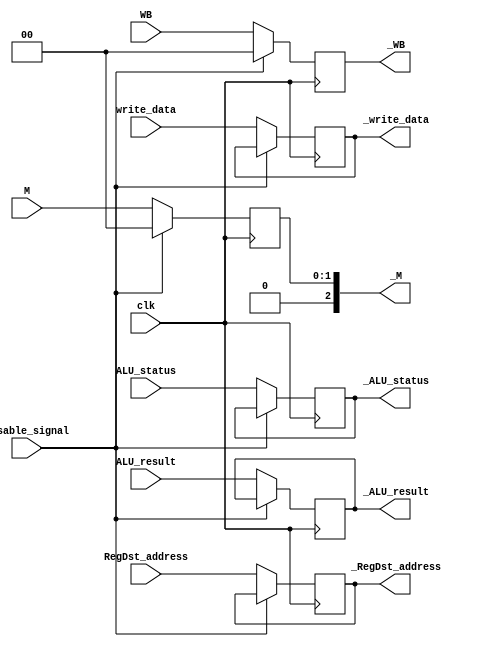
module Reg_EX_MEM(
		input 		clk,
		input		[1:0] WB,
		input		[1:0] M,		
		input		[7:0] ALU_status,
		input		[31:0] ALU_result,
		input		[31:0] write_data,
		input		[4:0] RegDst_address,
		input		disable_signal,
		output reg	[1:0] _WB,
		output reg	[2:0] _M,
		output reg	[7:0] _ALU_status,
		output reg	[31:0] _ALU_result,
		output reg	[31:0] _write_data,
		output reg	[4:0] _RegDst_address
);

	initial begin
		_WB = 2'b0;
		_M = 2'b0;
		_ALU_status = 8'b0;
		_ALU_result = 32'b0;
		_write_data = 32'b0;
		_RegDst_address = 5'b0;
	end

	always@(posedge clk)
	begin
		if(disable_signal) begin
			_WB <= 2'b0;
			_M <= 2'b0;
//			_ALU_status <= 8'b0;
//			_write_data <= 32'b0;
//			_RegDst_address <= 5'b0;
		end
		else begin
			_WB <= WB;
			_M <= M;
			_ALU_status <= ALU_status;
			_ALU_result <= ALU_result;
			_write_data <= write_data;
			_RegDst_address <= RegDst_address;
		end
	end

endmodule